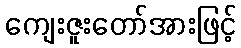
ကျေးဇူးတော်အားဖြင့်